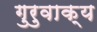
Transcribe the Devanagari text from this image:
गुरुवाक्य